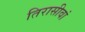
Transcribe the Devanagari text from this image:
तिरासीवां